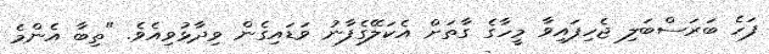
ފަހެ ބަރަސްބަލި ޖެހިފައިވާ މީހާގެ ގާތަށް އެކަލޭގެފާނު ވަޑައިގެން ވިދާޅުވިއެވެ. "ތިބާ އެންމެ